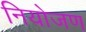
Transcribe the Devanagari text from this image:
नियोजण